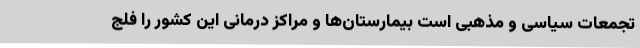
تجمعات سیاسی و مذهبی است بیمارستان‌ها و مراکز درمانی این کشور را فلج